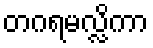
တဂရမလ္လိကာ